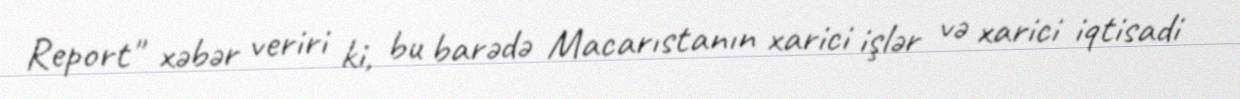
Report" xəbər veriri ki, bu barədə Macarıstanın xarici işlər və xarici iqtisadi